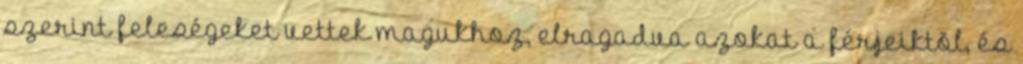
szerint feleségeket vettek magukhoz, elragadva azokat a férjeiktõl, és